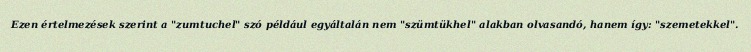
Ezen értelmezések szerint a "zumtuchel" szó például egyáltalán nem "szümtükhel" alakban olvasandó, hanem így: "szemetekkel".